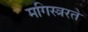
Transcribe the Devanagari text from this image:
मगिस्त्ररते